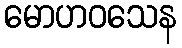
မောဟဝသေန